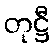
တုဋ္ဌီ